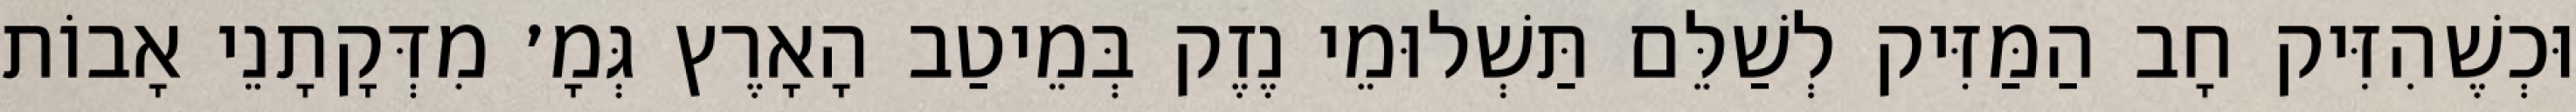
וּכְשֶׁהִזִּיק חָב הַמַּזִּיק לְשַׁלֵּם תַּשְׁלוּמֵי נֶזֶק בְּמֵיטַב הָאָרֶץ גְּמָ׳ מִדְּקָתָנֵי אָבוֹת